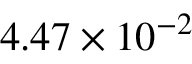
4 . 4 7 \times 1 0 ^ { - 2 }